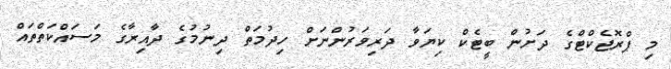
މި ޕްރޮޖެކްޓްގެ ދަށުން ބީޓެކް ކިޔަވާ ދަރިވަރުންނަށް ހިދުމަތް ދިނުމުގެ ދާއިރާގެ މަސައްކަތްތައް